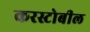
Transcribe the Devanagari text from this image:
करस्टोबील